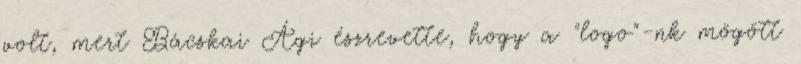
volt, mert Bácskai Ági észrevette, hogy a "logo"-nk mögött